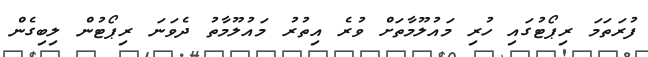
ފުރަތަމަ ރިޕޯޓުގައި ހުރި މައުލޫމާތަށް ވުރެ އިތުރު މައުލޫމާތު ދެވަނަ ރިޕޯޓުން ލިބިގެން